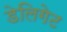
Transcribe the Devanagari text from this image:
डेलिगेट